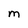
Character: M